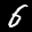
Label: 6